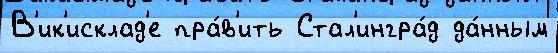
В'ик'исклад'е пра́в'ить Стал'ингра́д да́нным